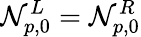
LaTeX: \mathcal{N}_{p,0}^{L}=\mathcal{N}_{p,0}^{R}